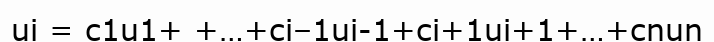
ui = c1u1+ +…+ci–1uі-1+cі+1uі+1+…+cnun